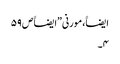
ایضاََ، مورنی”ایضاََ ص ۵۹
۴۔